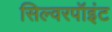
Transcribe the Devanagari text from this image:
सिल्वरपॉइंट